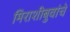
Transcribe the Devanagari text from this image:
मिराशीबुवांचे